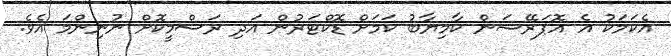
އެކަމަކު އެ އޮޕަރޭޝަން ކާމިޔާބު ކަމަށް ޑޮކްޓަރުން އަދި ރަސްމީކޮށް ނުނިންމަ އެވެ.